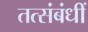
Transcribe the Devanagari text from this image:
तत्संबंधीं